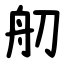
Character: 舠